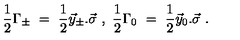
\frac { 1 } { 2 } \Gamma _ { \pm } \ = \ \frac { 1 } { 2 } \vec { y } _ { \pm } . \vec { \sigma } \ , \ \frac { 1 } { 2 } \Gamma _ { 0 } \ = \ \frac { 1 } { 2 } \vec { y } _ { 0 } . \vec { \sigma } \ .